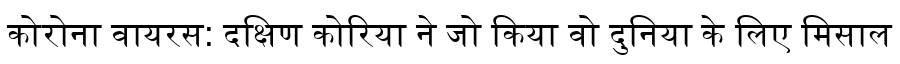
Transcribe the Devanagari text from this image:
कोरोना वायरस: दक्षिण कोरिया ने जो किया वो दुनिया के लिए मिसाल